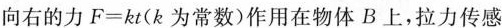
向右的力$$ F = kt (k为常数)作用在物体B上，拉力传感